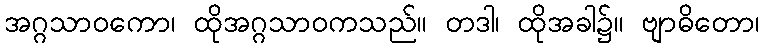
အဂ္ဂသာဝကော၊ ထိုအဂ္ဂသာဝကသည်။ တဒါ၊ ထိုအခါ၌။ ဗျာဓိတော၊